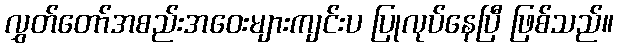
လွှတ်တော်အစည်းအဝေးများကျင်းပ ပြုလုပ်နေပြီ ဖြစ်သည်။